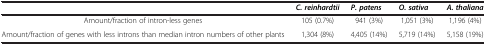
<table><thead><tr><td><b> </b></td><td><b><i>C. reinhardtii</i></b></td><td><b><i>P. patens</i></b></td><td><b><i>O. sativa</i></b></td><td><b><i>A. thaliana</i></b></td></tr></thead><tbody><tr><td>Amount/fraction of intron-less genes</td><td>105 (0.7%)</td><td>941 (3%)</td><td>1,051 (3%)</td><td>1,196 (4%)</td></tr><tr><td>Amount/fraction of genes with less introns than median intron numbers of other plants</td><td>1,304 (8%)</td><td>4,405 (14%)</td><td>5,719 (14%)</td><td>5,158 (19%)</td></tr></tbody></table>